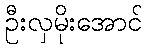
ဦးလှမိုးအောင်